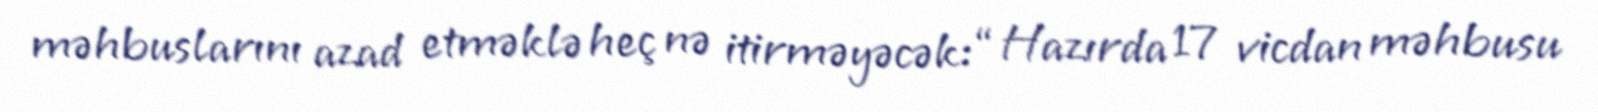
məhbuslarını azad etməklə heç nə itirməyəcək: “Hazırda 17 vicdan məhbusu